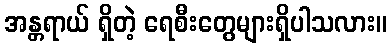
အန္တရာယ် ရှိတဲ့ ရေစီးတွေများရှိပါသလား။